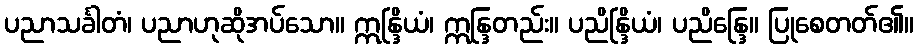
ပညာသင်္ခါတံ၊ ပညာဟုဆိုအပ်သော။ ဣန္ဒြိယံ၊ ဣန္ဒြတည်း။ ပညိန္ဒြိယံ၊ ပညိန္ဒြေ။ ပြုစေတတ်၏။